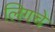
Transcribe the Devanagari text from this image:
लिगचे